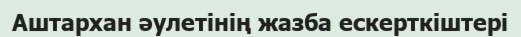
Аштархан әулетінің жазба ескерткіштері